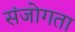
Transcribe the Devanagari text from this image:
संजोगता